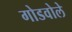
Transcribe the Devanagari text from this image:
गोडवोले